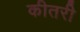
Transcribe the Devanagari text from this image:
कीतरी